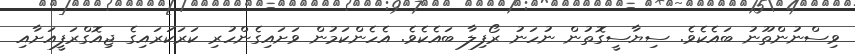
ވިސްނުންތޫނު ބައެކެވެ. ސިޔާސީގޮތުން ނުހަނު ރޯފިލާ ބައެކެވެ. އެހެންކަމުން ވަށައިގެންހުރި ކަރަކަރައިގެ ޖިއޮގްރަފީއަށާއި